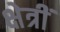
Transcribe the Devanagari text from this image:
क्षेत्रीं